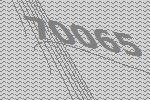
70065